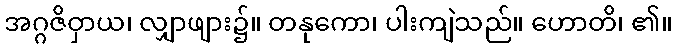
အဂ္ဂဇိဝှာယ၊ လျှာဖျား၌။ တနုကော၊ ပါးကျဲသည်။ ဟောတိ၊ ၏။